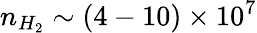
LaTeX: n_{H_{2}}\sim(4-10)\times 10^{7}